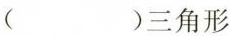
( )三角形